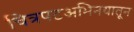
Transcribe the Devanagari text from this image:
चित्रपटअभिनयातून